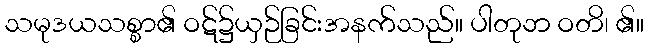
သမုဒယသစ္စာ၏ ဝဋ်၌ယှဉ်ခြင်းအနက်သည်။ ပါတုဘ ဝတိ၊ ၏။